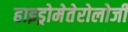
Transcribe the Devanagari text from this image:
हाइड्रोमेतेरोलोजी